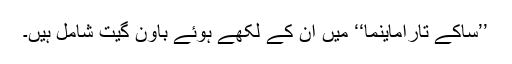
’’ساکے تاراماینما‘‘ میں ان کے لکھے ہوئے باوّن گیت شامل ہیں۔